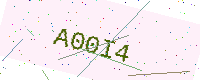
Text: A00I4